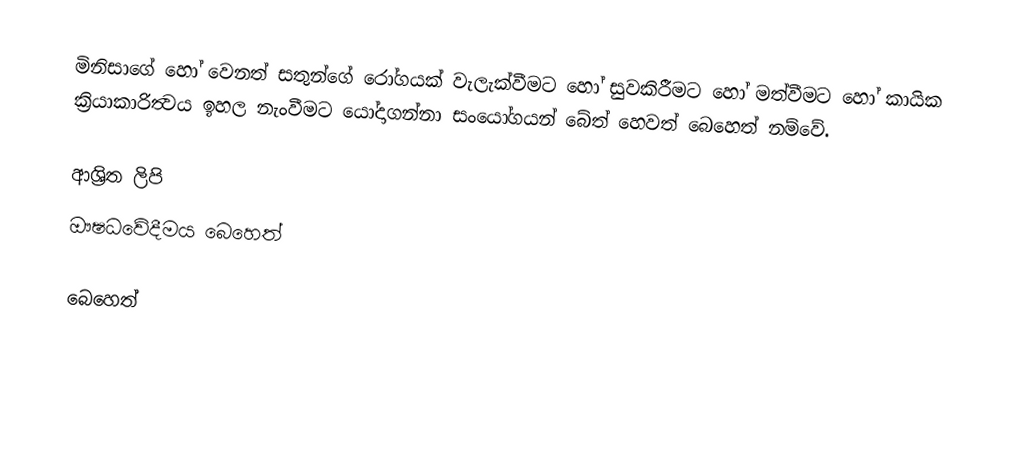
මිනිසාගේ හෝ වෙනත් සතුන්ගේ රෝගයක් වැලැක්වීමට හෝ සුවකිරීමට හෝ මත්වීමට හෝ කායික ක්‍රියාකාරිත්‍වය ඉහල නැංවීමට යෝදාගන්නා සංයෝගයන් බේත් හෙවත් බෙහෙත් නම්වේ.

ආශ්‍රිත ලිපි
 ඖෂධවේදීමය බෙහෙත්

බෙහෙත්